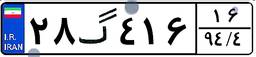
۲۸گ۴۱۶۱۶